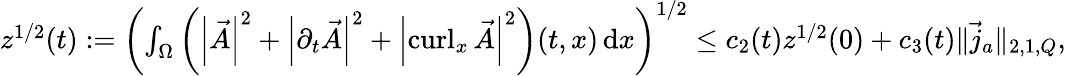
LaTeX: \begin{array}{r}{z^{1/2}(t):=\left(\int_{\Omega}\left(\left\lvert{\vec{A}}\right\rvert^{2}+\left\lvert{\partial_{t}\vec{A}}\right\rvert^{2}+\left\lvert{\operatorname{curl}_{x}\vec{A}}\right\rvert^{2}\right)(t,x)\, \mathrm dx\right)^{1/2}\leq c_{2}(t)z^{1/2}(0)+c_{3}(t)\| \vec{j}_{a}\| _{2,1,Q},}\end{array}